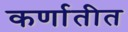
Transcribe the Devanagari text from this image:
कर्णातीत